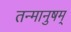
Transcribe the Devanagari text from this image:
तन्मानुषम्